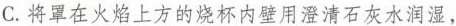
C.将罩在火焰上方的烧杯内壁用澄清石灰水润湿，